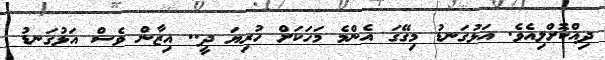
ދިއްކޮށްލިއެވެ. އަޅުގަނޑު މިގޭގަ އެންމެ މަހަކަށް ހުރިޔަ ދީ.. އިޒާން ވެސް އަޅުގަނޑު